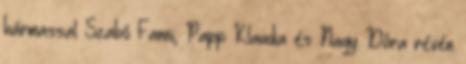
hármassal Szabó Fanni, Papp Klaudia és Nagy Dóra révén